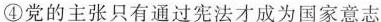
④党的主张只有通过宪法才成为国家意志